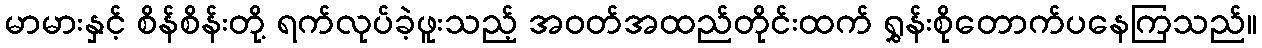
မာမားနှင့် စိန်စိန်းတို့ ရက်လုပ်ခဲ့ဖူးသည့် အဝတ်အထည်တိုင်းထက် ရွှန်းစိုတောက်ပနေကြသည်။